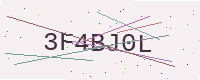
Text: 3F4BJ0L